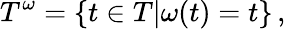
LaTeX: T^{\omega}=\{ t\in T|\omega(t)=t\} \, ,